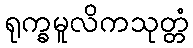
ရုက္ခမူလိကသုတ္တံ